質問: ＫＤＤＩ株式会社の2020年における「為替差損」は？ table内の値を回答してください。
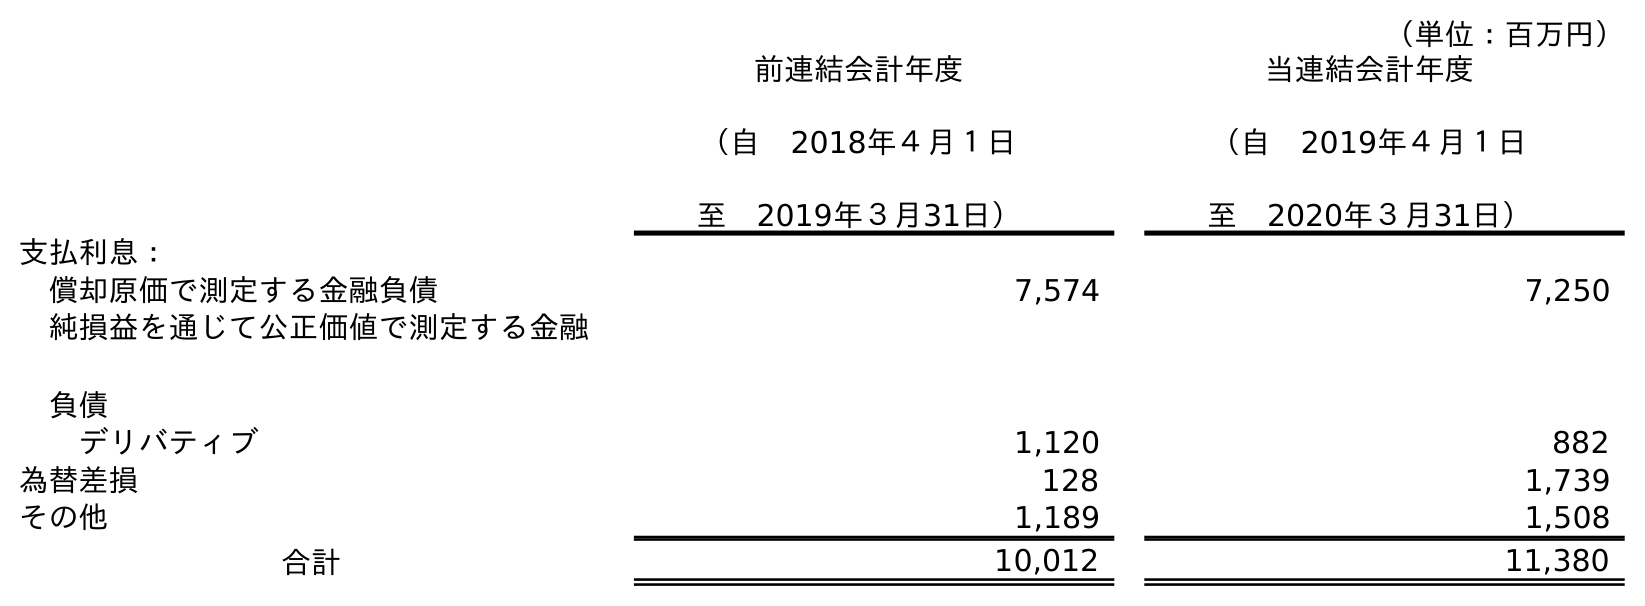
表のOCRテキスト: （単位：百万円） 前連結会計年度 （自 2018年４月１日 至 2019年３月31日） 当連結会計年度 （自 2019年４月１日 至 2020年３月31日） 支払利息： 償却原価で測定する金融負債 7,574 7,250 純損益を通じて公正価値で測定する金融 負債 デリバティブ 1,120 882 為替差損 128 1,739 その他 1,189 1,508 合計 10,012 11,380
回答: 1,739